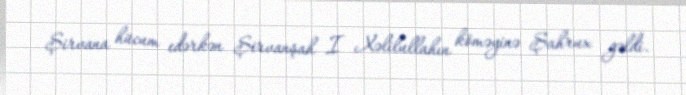
Şirvana hücum edərkən Şirvanşah I Xəlilullahın köməyinə Şahrux gəldi.